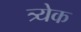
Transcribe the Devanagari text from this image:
त्र्येक